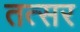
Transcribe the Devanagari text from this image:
तत्सर